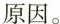
原因。